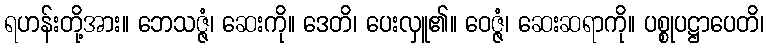
ရဟန်းတို့အား။ ဘေသဇ္ဇံ၊ ဆေးကို။ ဒေတိ၊ ပေးလှူ၏။ ဝေဇ္ဇံ၊ ဆေးဆရာကို။ ပစ္စုပဋ္ဌာပေတိ၊